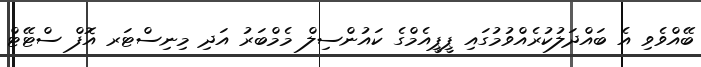
ބޭއްވެވި އެ ބައްދަލުކުރެއްވުމުގައި ޕީޕީއެމްގެ ކައުންސިލް މެމްބަރު އަދި މިނިސްޓަރ އޮފް ސްޓޭޓް